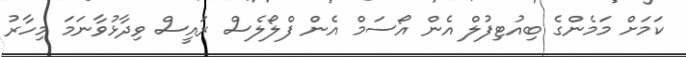
ކަމަށް މަމެންގެ ބިއުޓިފުލް އެން އޯސަމް އެން ފްލޯލެސް ރައީސް ވިދާޅުވާނަަމަ މިހާރު